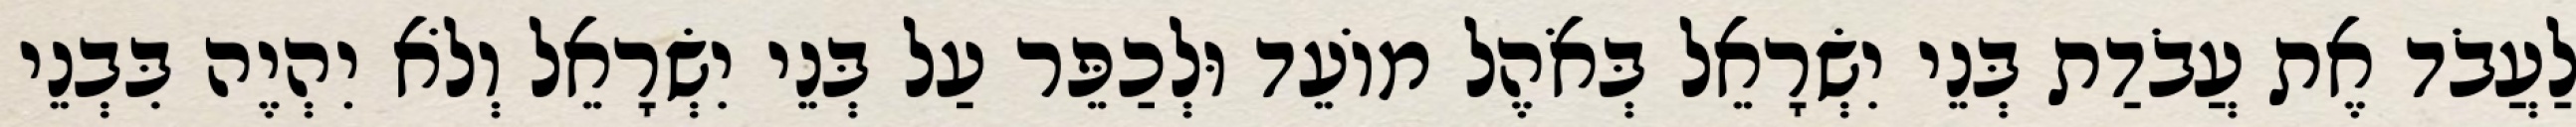
לַעֲבֹד אֶת עֲבֹדַת בְּנֵי יִשְׂרָאֵל בְּאֹהֶל מוֹעֵד וּלְכַפֵּר עַל בְּנֵי יִשְׂרָאֵל וְלֹא יִהְיֶה בִּבְנֵי